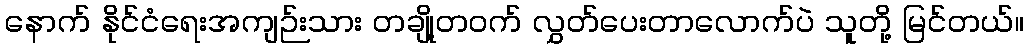
နောက် နိုင်ငံရေးအကျဉ်းသား တချို့တဝက် လွှတ်ပေးတာလောက်ပဲ သူတို့ မြင်တယ်။